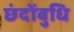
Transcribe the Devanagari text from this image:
छंदोंबुधि